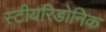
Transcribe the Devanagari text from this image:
स्टीयरिडोनिक